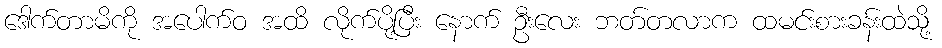
ဒေါက်တာမိကို အပေါက်ဝ အထိ လိုက်ပို့ပြီး နောက် ဦးလေး ဘတ်တလာက ထမင်းစားခန်းထဲသို့